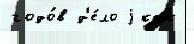
годо́в д'е́ло j как